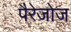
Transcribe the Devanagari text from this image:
पैरेजोज